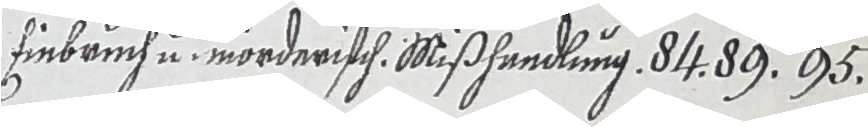
Iinbuuch und morderisch mißhandlung d d9 95